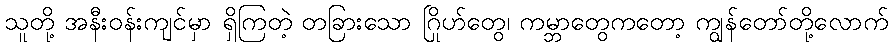
သူတို့ အနီးဝန်းကျင်မှာ ရှိကြတဲ့ တခြားသော ဂြိုဟ်တွေ၊ ကမ္ဘာတွေကတော့ ကျွန်တော်တို့လောက်